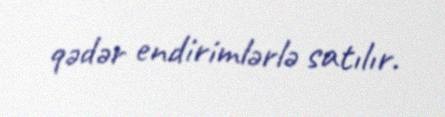
qədər endirimlərlə satılır.